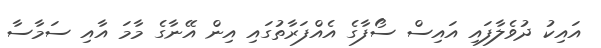
އައިކު ދުވެލާފައި އައިސް ސޯފާގެ އެއްފަރާތުގައި އިން އޭނާގެ މާމަ އާއި ސަމާސާ